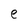
Character: e